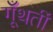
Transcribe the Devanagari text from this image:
गूँथतीं